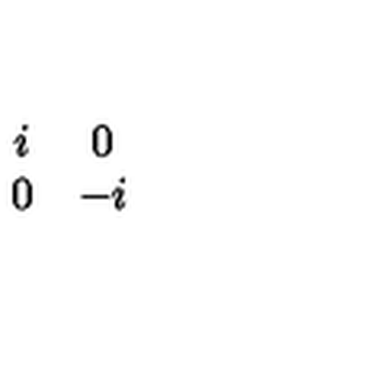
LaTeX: \begin{array} { c c } { i } & { 0 } \\ { 0 } & { - i } \\ \end{array}